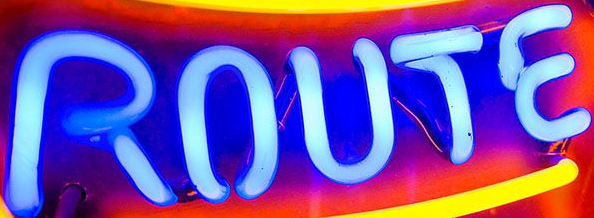
ROUTE